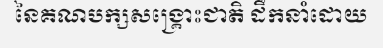
នៃគណបក្សសង្គ្រោះជាតិ ដឹកនាំដោយ